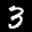
Label: 3